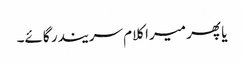
یا پھر میرا کلام سریندر گائے۔